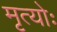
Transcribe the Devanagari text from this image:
मृत्योः